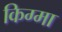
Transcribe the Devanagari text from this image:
किग्मा